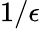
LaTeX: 1/\epsilon